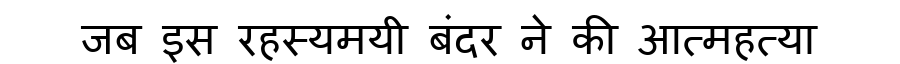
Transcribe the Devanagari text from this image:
जब इस रहस्यमयी बंदर ने की आत्महत्या